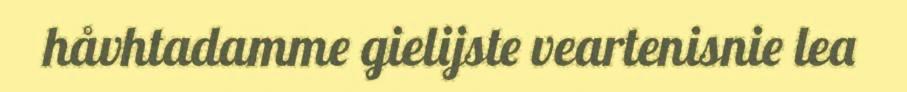
håvhtadamme gielijste veartenisnie lea